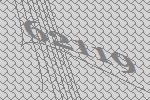
62119